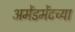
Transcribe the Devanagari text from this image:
अमेंडमेंटच्या